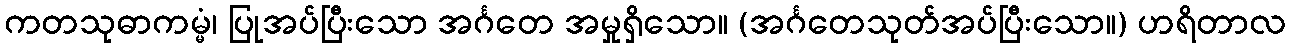
ကတသုဓာကမ္မံ၊ ပြုအပ်ပြီးသော အင်္ဂတေ အမှုရှိသော။ (အင်္ဂတေသုတ်အပ်ပြီးသော။) ဟရိတာလ